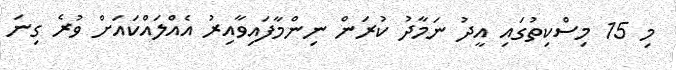
މި 15 މިސްކިތުގައި އީދު ނަމާދު ކުރަން ނިންމާފައިވާއިރު އެއްލައްކައަށް ވުރެ ގިނަ